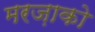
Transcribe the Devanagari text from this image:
मरज़ाको